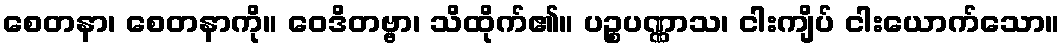
စေတနာ၊ စေတနာကို။ ဝေဒိတဗ္ဗာ၊ သိထိုက်၏။ ပဉ္စပဏ္ဏာသ၊ ငါးကျိပ် ငါးယောက်သော။